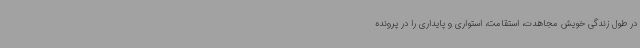
در طول زندگی خویش مجاهدت، استقامت، استواری و پایداری را در پرونده